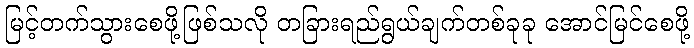
မြင့်တက်သွားစေဖို့ဖြစ်သလို တခြားရည်ရွယ်ချက်တစ်ခုခု အောင်မြင်စေဖို့